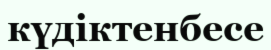
күдіктенбесе